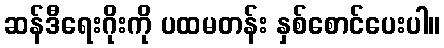
ဆန်ဒီရေးဂိုးကို ပထမတန်း နှစ်စောင်ပေးပါ။